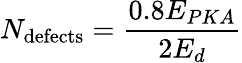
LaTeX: N_{\mathrm{defects}}=\frac{0.8E_{PKA}}{2E_{d}}